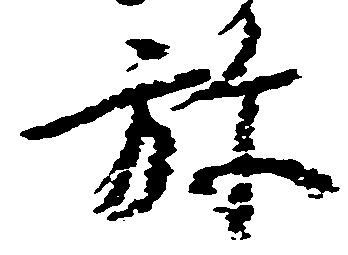
弥